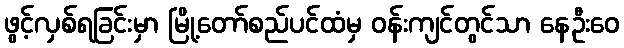
ဖွင့်လှစ်ရခြင်းမှာ မြို့တော်စည်ပင်ထံမှ ဝန်းကျင်တွင်သာ နေဦးဝေ